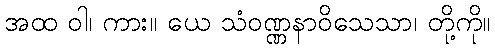
အထ ဝါ၊ ကား။ ယေ သံဝဏ္ဏနာဝိသေသာ၊ တို့ကို။